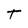
Character: T